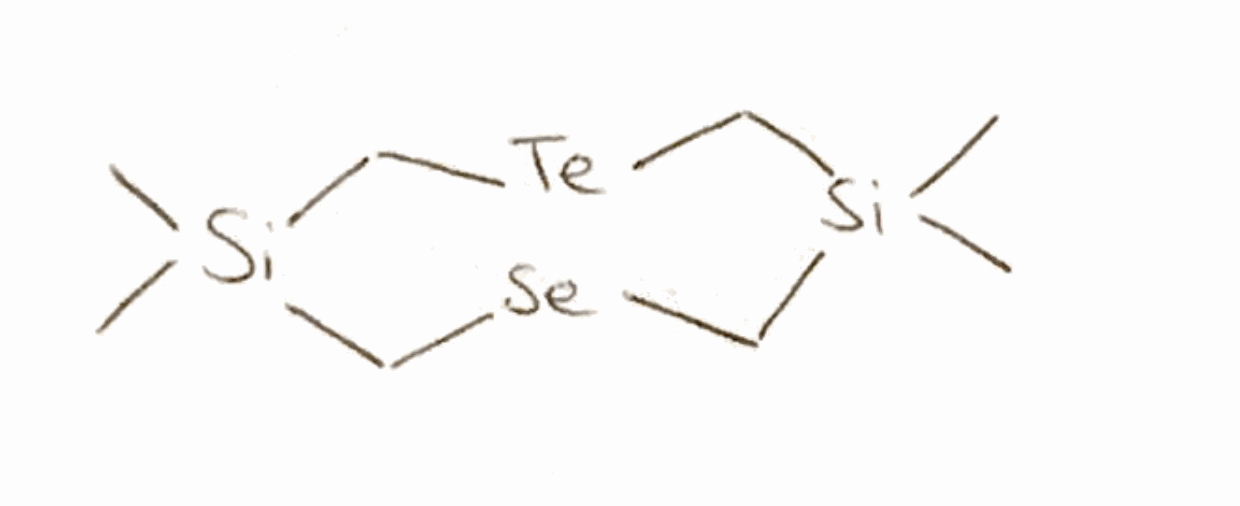
Simplified molecular-input line-entry system (SMILES) notation of the given molecule:
C[Si]1(C[Se]C[Si](C[Te]C1)(C)C)C